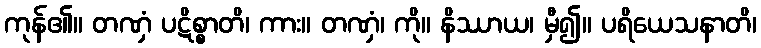
ကုန်၏။ တဏှံ ပဋိစ္စာတိ၊ ကား။ တဏှံ၊ ကို။ နိဿာယ၊ မှီ၍။ ပရိယေသနာတိ၊